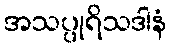
အသပ္ပုရိသဒါနံ